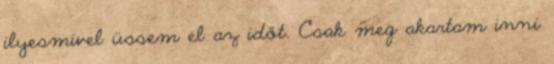
ilyesmivel üssem el az időt. Csak meg akartam inni